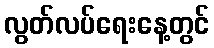
လွတ်လပ်ရေးနေ့တွင်